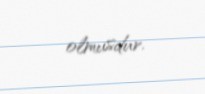
olmusdur.